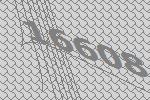
16608